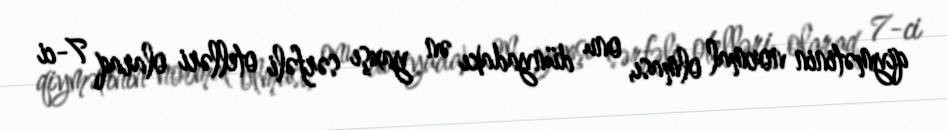
qiymətinin normal olması, onu dünyadakı ən yaxşı sərfəli otelləri olaraq 7-ci